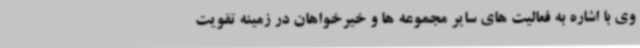
وی با اشاره به فعالیت های سایر مجموعه ها و خیرخواهان در زمینه تقویت